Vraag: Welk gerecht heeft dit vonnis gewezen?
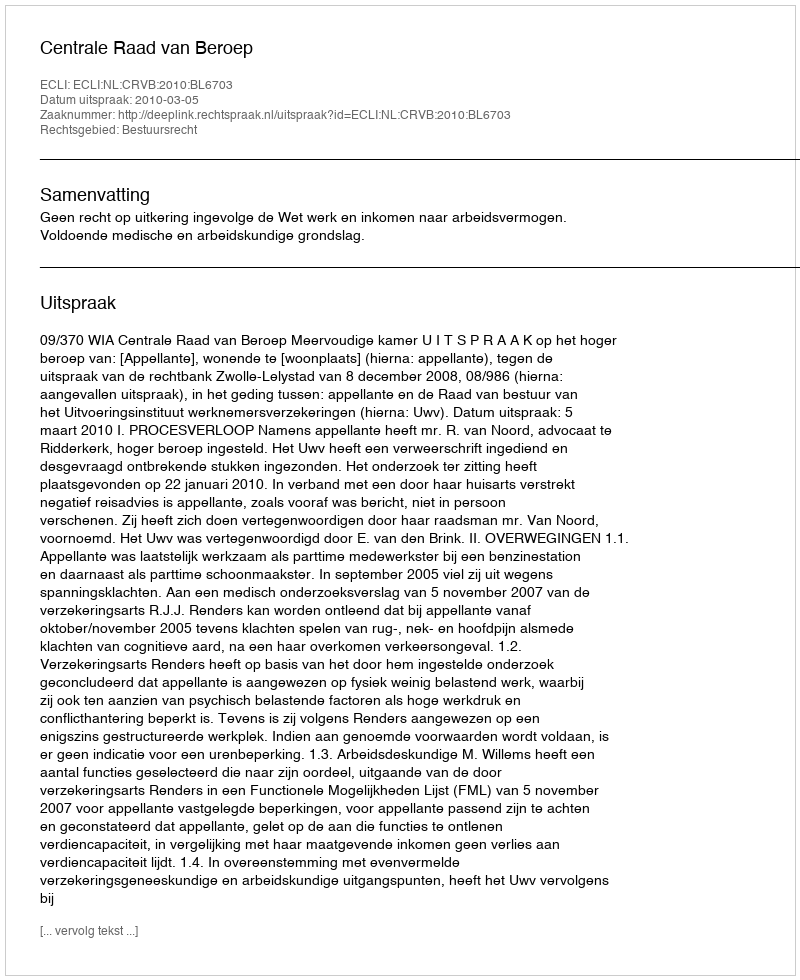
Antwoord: Centrale Raad van Beroep